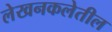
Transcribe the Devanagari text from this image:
लेखनकलेतील